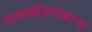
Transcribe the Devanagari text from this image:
पालखीबरोबरच